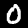
Digit: 0